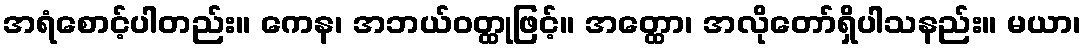
အရံစောင့်ပါတည်း။ ကေန၊ အဘယ်ဝတ္ထုဖြင့်။ အတ္ထော၊ အလိုတော်ရှိပါသနည်း။ မယာ၊